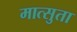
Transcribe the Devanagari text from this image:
मात्सुता